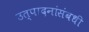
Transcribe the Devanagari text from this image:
उत्पादनांसंबधी